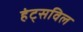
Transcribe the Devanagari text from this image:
हंट्सविल